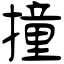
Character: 撞